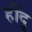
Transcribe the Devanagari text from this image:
हींदु